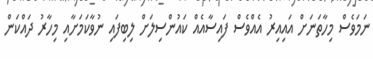
ނަމަވެސް މިހާތަނަށް އައިއިރު އެއްވެސް ފައިސާއެއް ކައުންސިލަށް ލިބިފައި ނުވާކަމަށާއި މިހާރު ދައްކަން